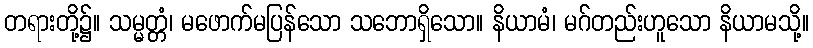
တရားတို့၌။ သမ္မတ္တံ၊ မဖောက်မပြန်သော သဘောရှိသော။ နိယာမံ၊ မဂ်တည်းဟူသော နိယာမသို့။